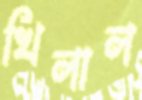
খিলাল